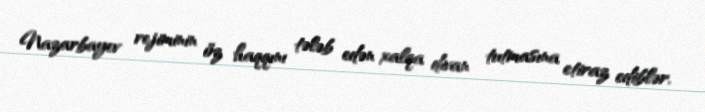
Nazarbayev rejiminin öz haqqını tələb edən xalqa divan tutmasına etiraz ediblər.